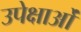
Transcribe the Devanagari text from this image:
उपेक्षाओं